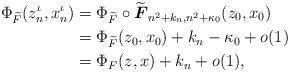
LaTeX: \begin{align*}\Phi_{\widetilde{F}}(z^\iota_n, x^\iota_n)&=\Phi_{\widetilde{F}} \circ \widetilde{\boldsymbol{F}}_{n^2+k_n, n^2+\kappa_0}(z_0,x_0)\\& = \Phi_{\widetilde{F}} (z_0,x_0) +k_n-\kappa_0 + o(1)\\&= \Phi_F(z,x)+k_n +o(1),\end{align*}